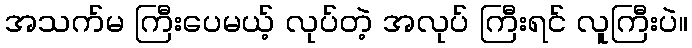
အသက်မ ကြီးပေမယ့် လုပ်တဲ့ အလုပ် ကြီးရင် လူကြီးပဲ။